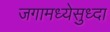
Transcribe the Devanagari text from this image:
जगामध्येसुध्दा